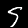
Label: 5